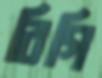
রিগি